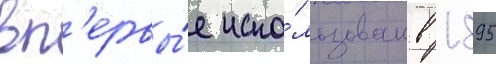
вп'ервы́е испо́льзован в 1895